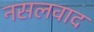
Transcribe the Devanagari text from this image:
नसलवाद